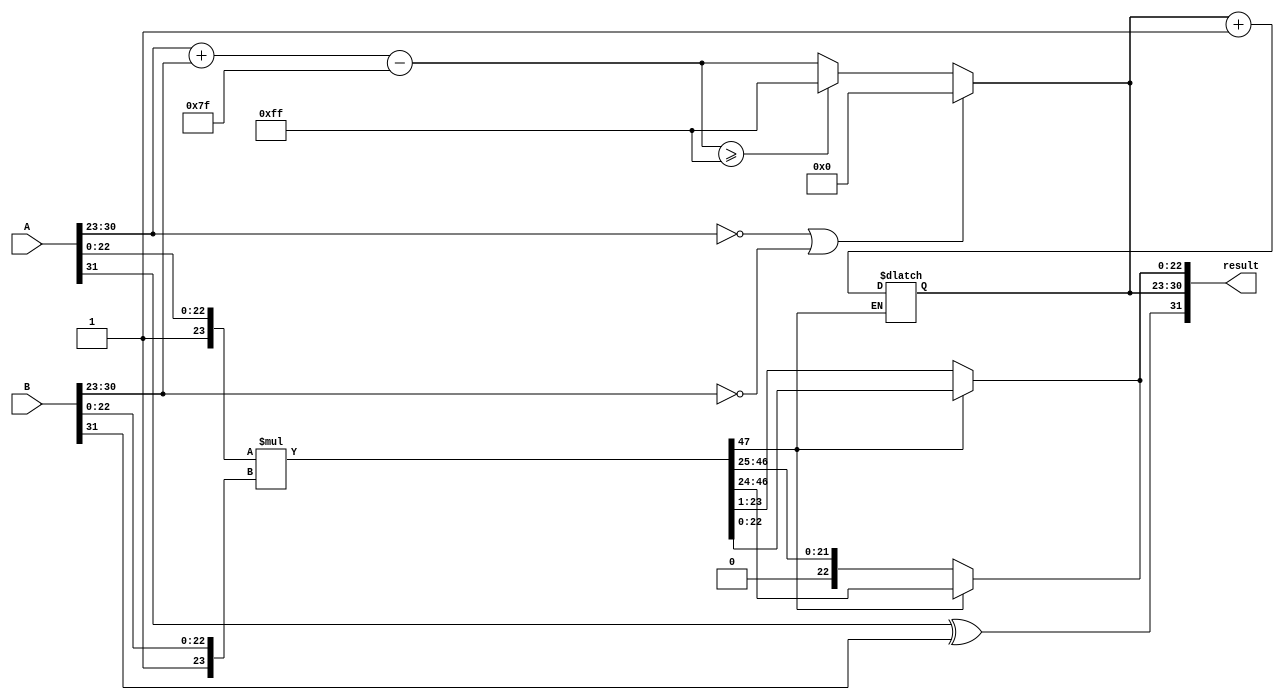
module fp_multiplier (
    input [31:0] A, // First floating point input
    input [31:0] B, // Second floating point input
    output reg [31:0] result // Result of floating point multiplication
);

    // Constants
    localparam BIAS = 8'd127;
    localparam EXP_MAX = 8'b11111111; // 255

    // Internal signals
    wire sign_A, sign_B;
    wire [7:0] exp_A, exp_B; 
    wire [22:0] mant_A, mant_B;
    wire [23:0] mant_A_norm, mant_B_norm; // normalized mantissas
    reg [7:0] exp_result; 
    reg [47:0] mant_result; // enough to hold multiplication result
    reg sign_result;

    // Extract sign, exponent and mantissa
    assign sign_A = A[31];
    assign exp_A = A[30:23];
    assign mant_A = A[22:0];

    assign sign_B = B[31];
    assign exp_B = B[30:23];
    assign mant_B = B[22:0];

    // Normalize mantissas (adding the implicit 1 for normalized numbers)
    assign mant_A_norm = {1'b1, mant_A}; // Implicit leading 1
    assign mant_B_norm = {1'b1, mant_B}; // Implicit leading 1

    // Calculate result sign
    always @(*) begin
        sign_result = sign_A ^ sign_B;
    end
    
    // Calculate exponent
    always @(*) begin
        if (exp_A == 8'b0 || exp_B == 8'b0) begin // Check for zero
            exp_result = 8'b0; // If either exponent is zero, the result is zero
        end else begin
            exp_result = exp_A + exp_B - BIAS; // Add exponents and account for bias
            if (exp_result >= EXP_MAX) begin // Handle overflow
                exp_result = EXP_MAX; // Set to infinity
            end
        end
    end

    // Multiply mantissas
    always @(*) begin
        mant_result = mant_A_norm * mant_B_norm; // Mantissa multiplication

        // Normalize the result
        if (mant_result[47] == 1'b1) begin
            result[22:0] = mant_result[46:24]; // Normalized
        end else begin
            mant_result = mant_result >> 1; // Shift right to normalize
            exp_result = exp_result + 1; // Adjust exponent
            result[22:0] = mant_result[46:24]; // normalized
        end
    end

    // Form the final result
    always @(*) begin
        result[31] = sign_result; // Result sign
        result[30:23] = exp_result; // Result exponent
        result[22:0] = mant_result[22:0]; // Result mantissa
    end

endmodule